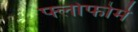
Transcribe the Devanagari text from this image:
फ्लोफोर्म